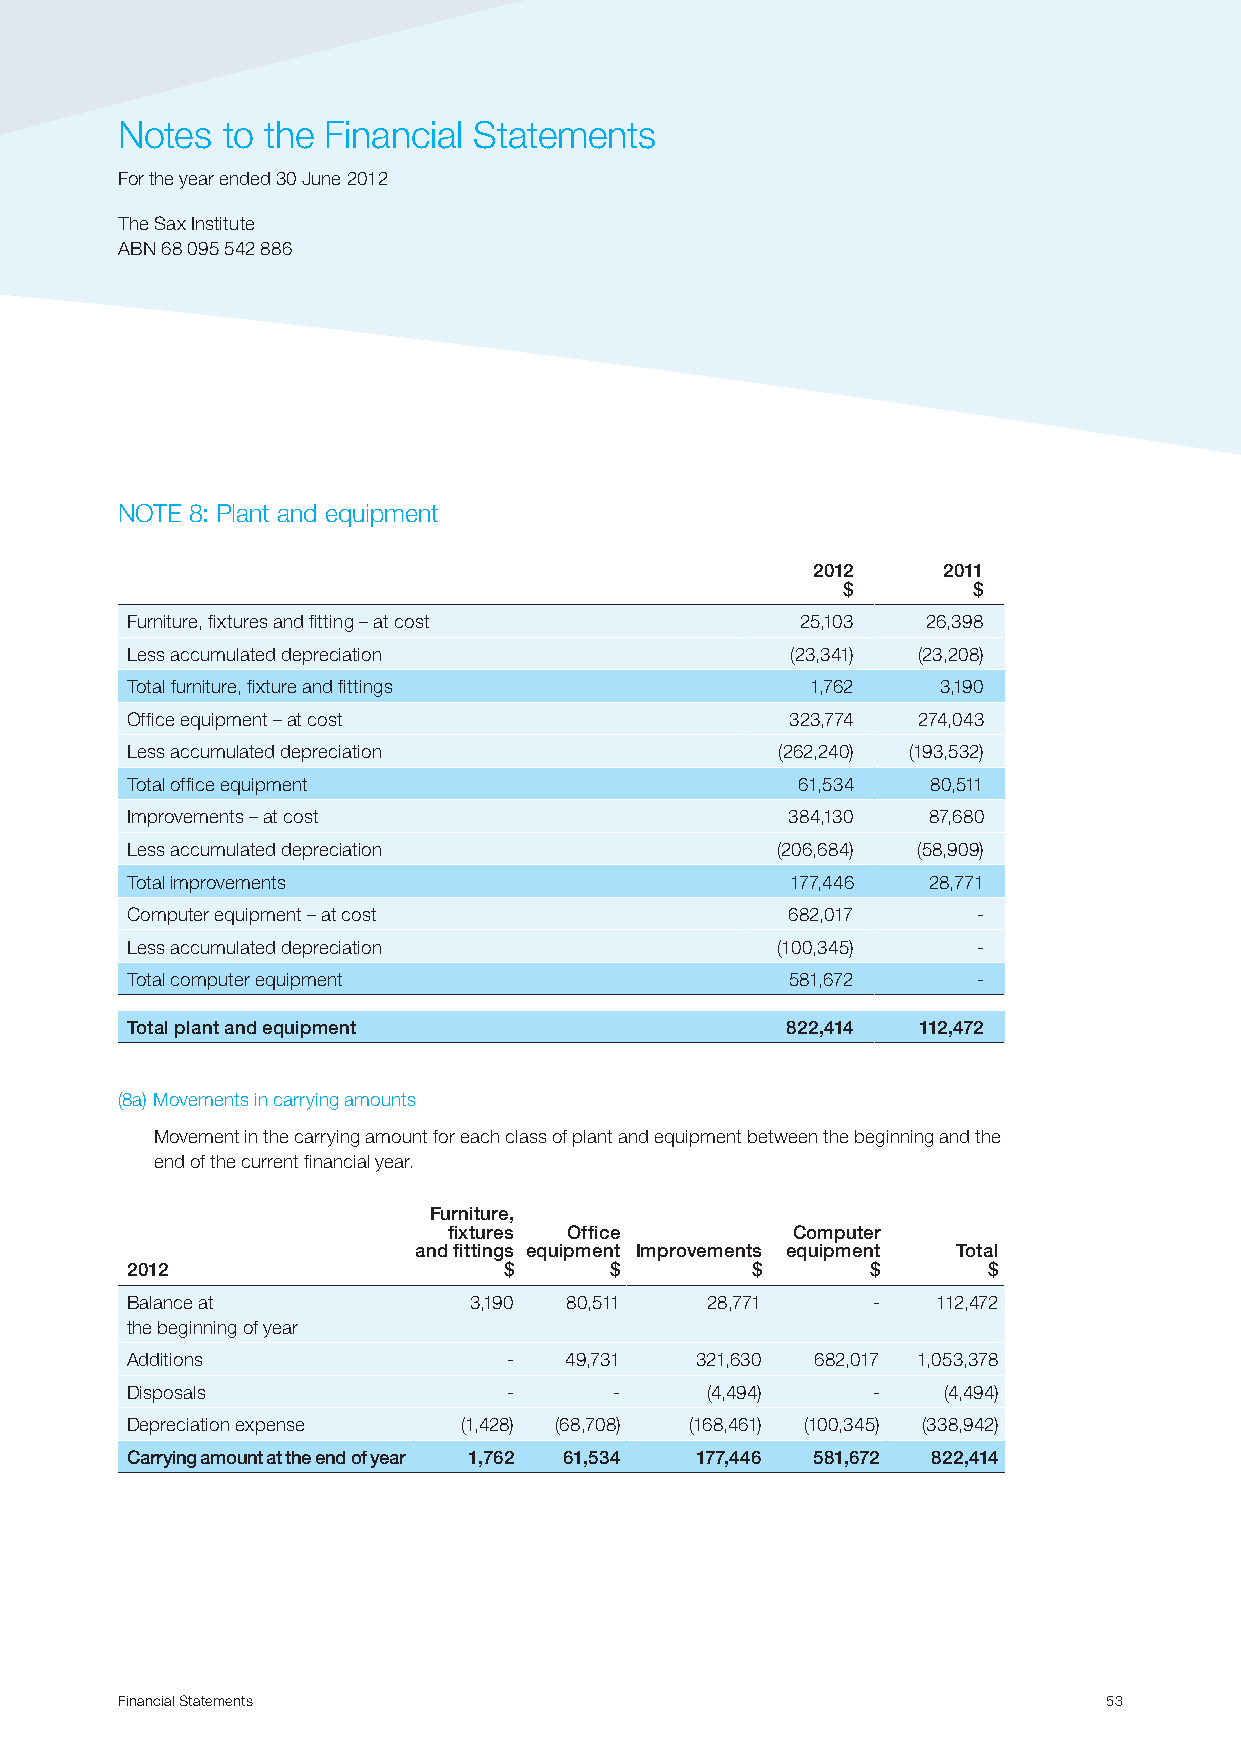
Notes  to the Financial Statements
 For the year ended 30 June 2012
 The Sax Institute
 ABN 68 095 542 886
 NOTE 8: Plant and equipment
 2012    2011
 $       $
 Furniture, fixtures and fitting – at cost    25,103  26,398
 Less accumulated depreciation               (23,341) (23,208)
 Total furniture, fixture and fittings         1,762   3,190
 Office equipment – at cost                  323,774  274,043
 Less accumulated depreciation               (262,240) (193,532)
 Total office equipment                       61,534   80,511
 Improvements – at cost                      384,130  87,680
 Less accumulated depreciation              (206,684) (58,909)
 Total improvements                          177,446  28,771
 Computer equipment – at cost                682,017      -
 Less accumulated depreciation              (100,345)     -
 Total computer equipment                    581,672      -
 Total plant and equipment                   822,414  112,472
 (8a) Movements in carrying amounts
 Movement in the carrying amount for each class of plant and equipment between the beginning and the
 end of the current financial year.
 Furniture,
 fixtures Office       Computer
 and fittings equipment Improvements equipment Total
 2012                     $      $         $       $      $
 Balance at             3,190 80,511    28,771     -   112,472
 the beginning of year
 Additions                 -  49,731   321,630 682,017 1,053,378
 Disposals                 -      -     (4,494)    -   (4,494)
 Depreciation expense   (1,428) (68,708) (168,461) (100,345) (338,942)
 Carrying amount at the end of year 1,762 61,534 177,446 581,672 822,414
 Financial Statements                                             53